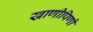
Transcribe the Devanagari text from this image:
खाणीपिणी